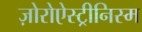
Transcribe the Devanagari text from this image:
ज़ोरोऐस्ट्रीनिस्म